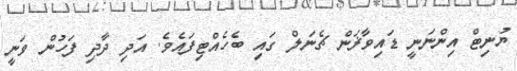
ޔުނިޓް އިންނަނީ ޑައިވާޜަން ޗެނަލް ގައި ބެހެއްޓިފައެވެ. އަދި ދާދި ފަހުން ވަނީ